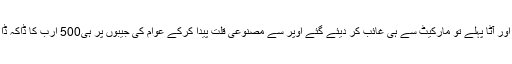
چینی اور آٹا پہلے تو مارکیٹ سے ہی غائب کر دیئے گئے اوپر سے مصنوعی قلت پیدا کرکے عوام کی جیبوں پر ہی500 ارب کا ڈاکہ ڈالا گیا۔